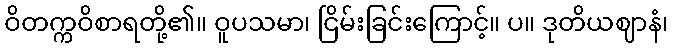
ဝိတက္ကဝိစာရတို့၏။ ဝူပသမာ၊ ငြိမ်းခြင်းကြောင့်။ ပ။ ဒုတိယဈာနံ၊